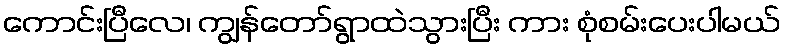
ကောင်းပြီလေ၊ ကျွန်တော်ရွာထဲသွားပြီး ကား စုံစမ်းပေးပါမယ်